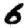
Digit: 6